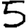
Digit: 5